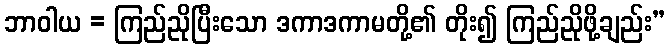
ဘာဝါယ = ကြည်ညိုပြီးသော ဒကာဒကာမတို့၏ တိုး၍ ကြည်ညိုဖို့ချည်း”